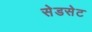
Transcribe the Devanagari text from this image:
सेडसेट